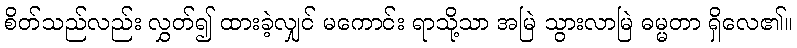
စိတ်သည်လည်း လွှတ်၍ ထားခဲ့လျှင် မကောင်း ရာသို့သာ အမြဲ သွားလာမြဲ ဓမ္မတာ ရှိလေ၏။